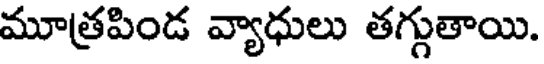
మూత్రపిండ వ్యాధులు తగ్గుతాయి.